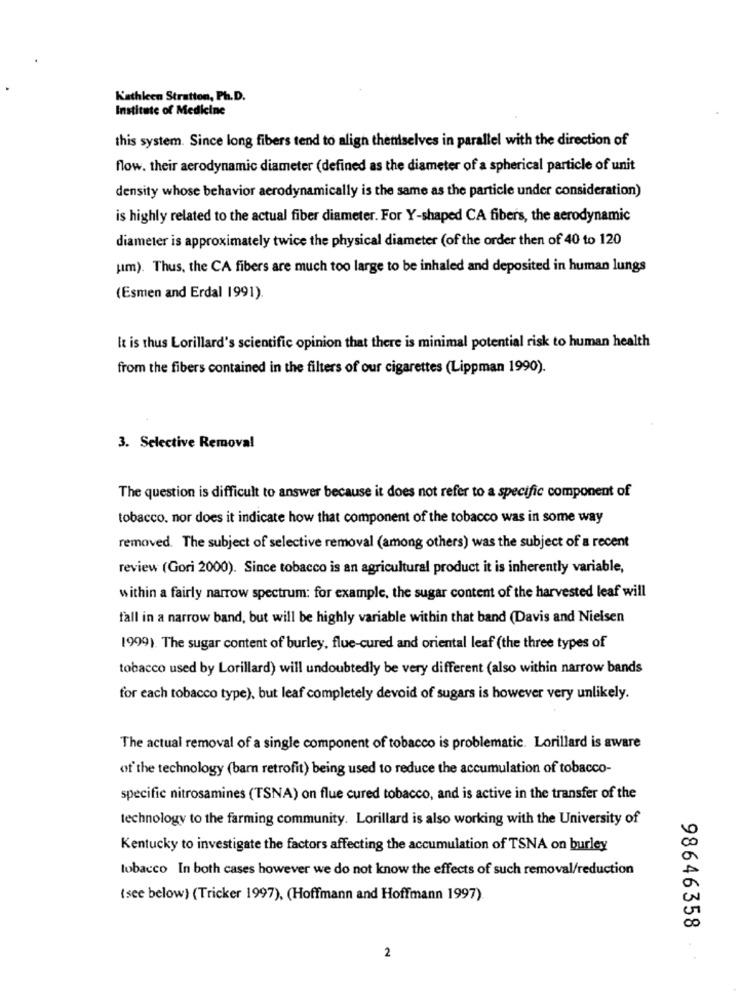
Kathleen Stratton, Ph.D.
Institute of Medicine
this system. Since long fibers tend to align thenlselves in parallel with the direction of
flow. their aerodynamic diameter (defined as the diameter of a spherical particle of unit
density whose behavior aerodynamically is the same as the particle under consideration)
is highly related to the actual fiber diameter. For Y-shaped CA fibers, the aerodynamic
diameter is approximately twice the physical diameter (of the order then of 40 to 120
um). Thus, the CA fibers are much too large to be inhaled and deposited in human lungs
(Esmen and Erdal 1991).
It is thus Lorillard's scientific opinion that there is minimal potential risk to human health
from the fibers contained in the filters of our cigarettes (Lippman 1990).
3. Selective Removal
The question is difficult to answer because it does not refer to a specific component of
tobacco. nor does it indicate how that component of the tobacco was in some way
removed. The subject of selective removal (among others) was the subject of a recent
review (Gori 2000). Since tobacco is an agricultural product it is inherently variable,
within a fairly narrow spectrum: for example, the sugar content of the harvested leaf will
fall in a narrow band, but will be highly variable within that band (Davis and Nielsen
1999). The sugar content of burley, flue-cured and oriental leaf (the three types of
tobacco used by Lorillard) will undoubtedly be very different (also within narrow bands
for each tobacco type), but leaf completely devoid of sugars is however very unlikely.
The actual removal of a single component of tobacco is problematic. Lorillard is aware
of the technology (bam retrofit) being used to reduce the accumulation of tobacco-
specific nitrosamines (TSNA) on flue cured tobacco, and is active in the transfer of the
technology to the farming community. Lorillard is also working with the University of
Kentucky to investigate the factors affecting the accumulation of TSNA on burley
tobacco In both cases however we do not know the effects of such removal/reduction
(see below) (Tricker 1997), (Hoffmann and Hoffmann 1997)
98646358
2